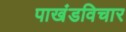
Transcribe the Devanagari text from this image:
पाखंडविचार